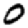
Digit: 0